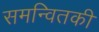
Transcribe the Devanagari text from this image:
समन्वितकी